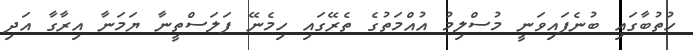
ހުތުބާގައި ބުނެފައިވަނީ މުސްލިމު އުއްމަތުގެ ތެރޭގައި ހިމެނޭ ފަލަސްތީނާ ޔަމަނާ އިރާގާ އަދި